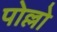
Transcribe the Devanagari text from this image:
पोल्लो